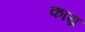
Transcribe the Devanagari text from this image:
काय्र